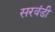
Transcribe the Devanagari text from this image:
सरवंडी